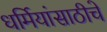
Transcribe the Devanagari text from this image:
धर्मियांसाठीचे